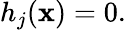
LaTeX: h_{j}(\mathbf{x})=0.